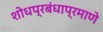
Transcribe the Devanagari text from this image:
शोधप्रबंधाप्रमाणे